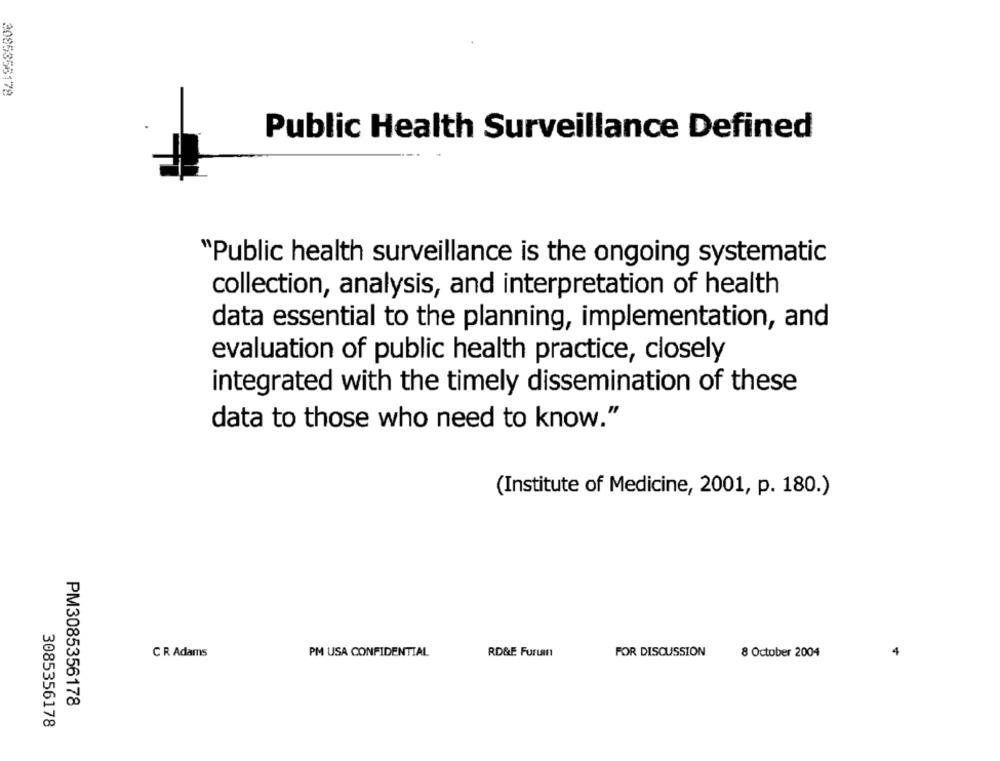
2085356178
Public Health Surveillance Defined
"Public health surveillance is the ongoing systematic
collection, analysis, and interpretation of health
data essential to the planning, implementation, and
evaluation of public health practice, closely
integrated with the timely dissemination of these
data to those who need to know."
(Institute of Medicine, 2001, p. 180.)
C R Adams
PM USA CONFIDENTIAL
RD&E Furum
FOR DISCUSSION
8 October 2004
4
PM3085356178
3085356178